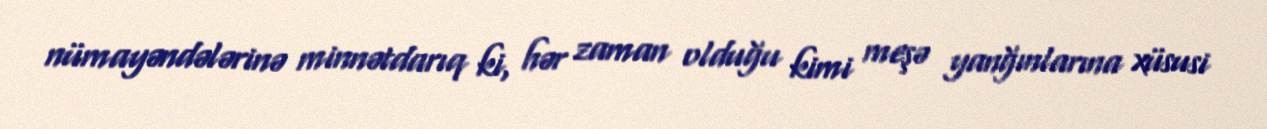
nümayəndələrinə minnətdarıq ki, hər zaman olduğu kimi meşə yanğınlarına xüsusi